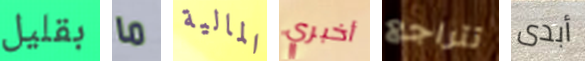
بقليل ما المالية أخبري تتراجع أبدى